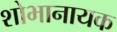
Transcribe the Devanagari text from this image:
शोभानायक